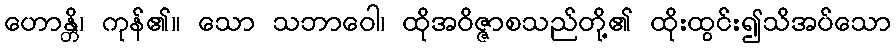
ဟောန္တိ၊ ကုန်၏။ သော သဘာဝေါ၊ ထိုအဝိဇ္ဇာစသည်တို့၏ ထိုးထွင်း၍သိအပ်သော